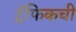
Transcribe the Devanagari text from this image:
ट्रॅफिकची